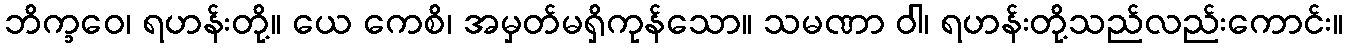
ဘိက္ခဝေ၊ ရဟန်းတို့။ ယေ ကေစိ၊ အမှတ်မရှိကုန်သော။ သမဏာ ဝါ၊ ရဟန်းတို့သည်လည်းကောင်း။